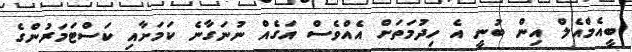
ބީއެމްއެލް އިން ބުނީ އެ ހިދުމަތަށް އެއްވެސް އަގެއް ނުނަގާނެ ކަމަށާއި ކަސްޓަމަރުންގެ